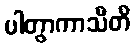
ပါတွာကာသီတိ